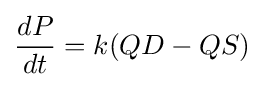
{\frac {dP}{dt}}=k(QD-QS)